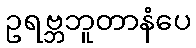
ဥရဗ္ဘဘူတာနံပေ